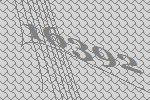
16392